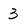
Character: 3